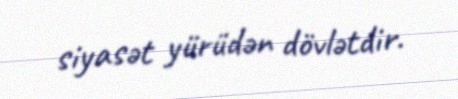
siyasət yürüdən dövlətdir.